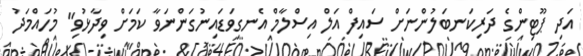
އަދި ޕޫޓިންގެ ދަރިކަނބަލުންނަށް ސައިފް އަލް އިސްލާމް އެނގިވަޑައިނުގަންނަވާ ކަމަށް ވިދާޅުވި" މުހައްމަދު